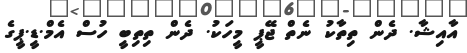
އާއިޝާ. ދެން ތިތާކު ނެތް ޖޭޕީ މީހަކު. ދެން ތިތިބީ ހުސް އެމް.ޑީ.ޕީގެ